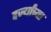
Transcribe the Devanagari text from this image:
दर्ज्यांच्या